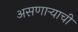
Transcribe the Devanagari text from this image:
असणाऱ्याची